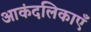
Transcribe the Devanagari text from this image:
आकंदलिकाएँ